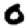
Digit: 0